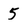
Character: 5